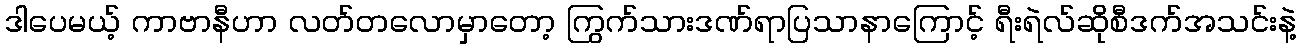
ဒါပေမယ့် ကာဗာနီဟာ လတ်တလောမှာတော့ ကြွက်သားဒဏ်ရာပြသာနာကြောင့် ရီးရဲလ်ဆိုစီဒက်အသင်းနဲ့